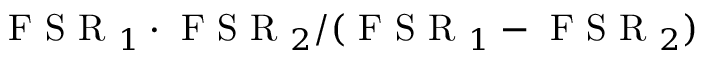
\mathrm { ~ F ~ S ~ R ~ } _ { 1 } \cdot \mathrm { ~ F ~ S ~ R ~ } _ { 2 } / ( \mathrm { ~ F ~ S ~ R ~ } _ { 1 } - \mathrm { ~ F ~ S ~ R ~ } _ { 2 } )